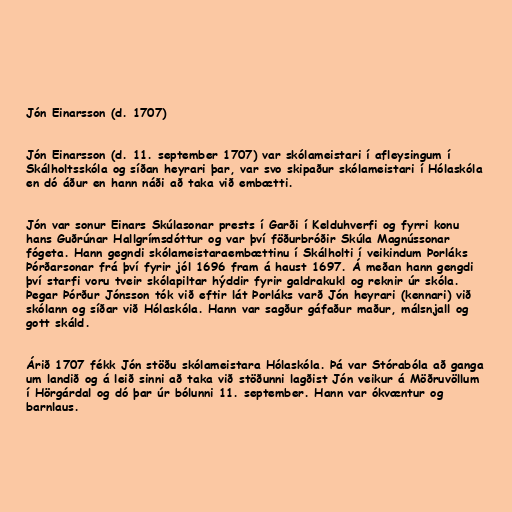
Jón Einarsson (d. 1707)

Jón Einarsson (d. 11. september 1707) var skólameistari í afleysingum í
Skálholtsskóla og síðan heyrari þar, var svo skipaður skólameistari í Hólaskóla
en dó áður en hann náði að taka við embætti.

Jón var sonur Einars Skúlasonar prests í Garði í Kelduhverfi og fyrri konu
hans Guðrúnar Hallgrímsdóttur og var því föðurbróðir Skúla Magnússonar
fógeta. Hann gegndi skólameistaraembættinu í Skálholti í veikindum Þorláks
Þórðarsonar frá því fyrir jól 1696 fram á haust 1697. Á meðan hann gengdi
því starfi voru tveir skólapiltar hýddir fyrir galdrakukl og reknir úr skóla.
Þegar Þórður Jónsson tók við eftir lát Þorláks varð Jón heyrari (kennari) við
skólann og síðar við Hólaskóla. Hann var sagður gáfaður maður, málsnjall og
gott skáld.

Árið 1707 fékk Jón stöðu skólameistara Hólaskóla. Þá var Stórabóla að ganga
um landið og á leið sinni að taka við stöðunni lagðist Jón veikur á Möðruvöllum
í Hörgárdal og dó þar úr bólunni 11. september. Hann var ókvæntur og
barnlaus.